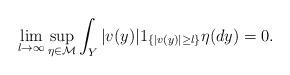
LaTeX: \begin{align*}\lim_{l\to \infty} \sup_{\eta\in{\cal M}} \int_Y |v (y)|1_{ \{ |v (y)| \geq l\}} \eta (dy) = 0.\end{align*}